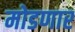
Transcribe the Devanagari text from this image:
मोडणार